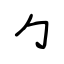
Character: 勹